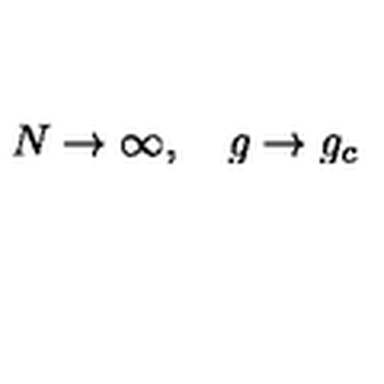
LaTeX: N \to \infty , \quad g \to g _ { c }